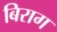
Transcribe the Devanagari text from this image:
बिराग